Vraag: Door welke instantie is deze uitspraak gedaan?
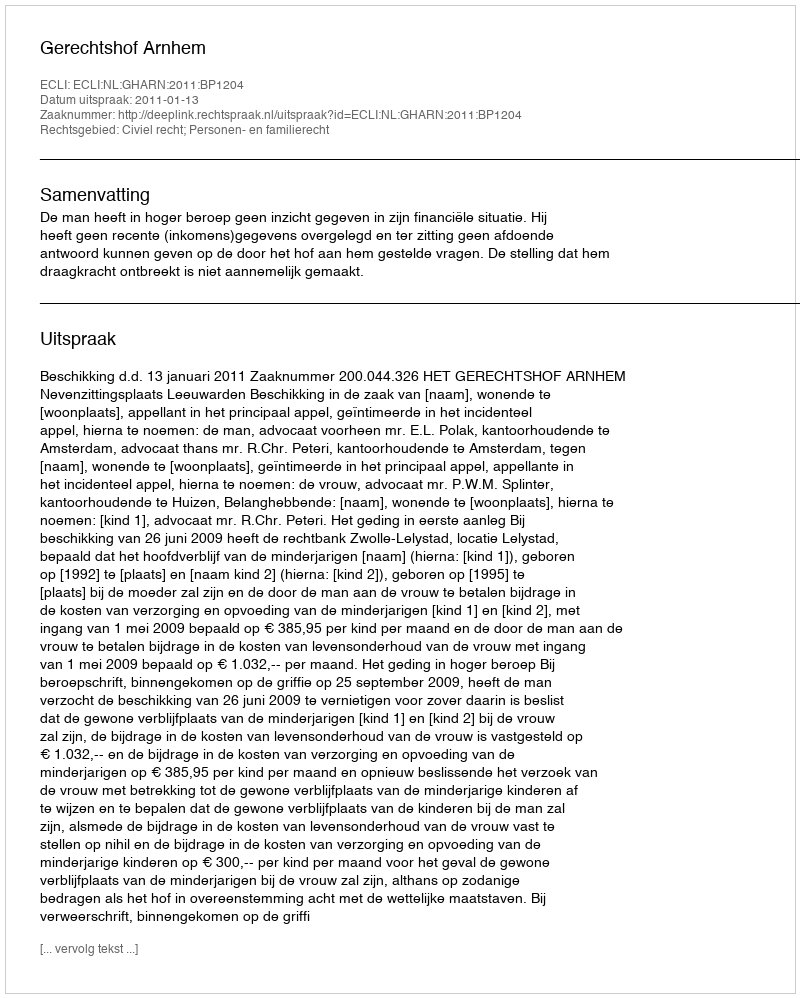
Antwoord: Gerechtshof Arnhem